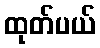
ထုတ်ပယ်